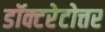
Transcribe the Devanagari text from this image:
डॉक्टरेटोत्तर